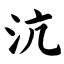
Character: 沆